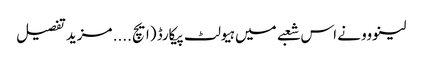
لینووو نے اس شعبے میں ہیولٹ پیکارڈ (ایچ .... مزید تفصیل